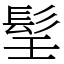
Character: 𩬎